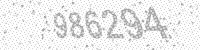
Solution: 986294